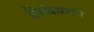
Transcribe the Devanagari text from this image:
हिशोबाप्रमाणे